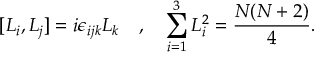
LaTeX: [ L _ { i } , L _ { j } ] = i \epsilon _ { i j k } L _ { k } \quad , \quad \sum _ { i = 1 } ^ { 3 } L _ { i } ^ { 2 } = \frac { N ( N + 2 ) } { 4 } .